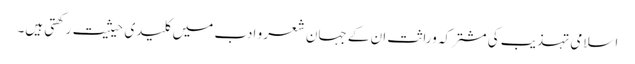
اسلامی تہذیب کی مشترکہ وراثت ان کے جہان شعر و ادب میں کلیدی حیثیت رکھتی ہیں۔